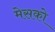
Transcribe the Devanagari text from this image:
मेसको